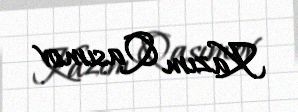
Kazım Qasımov